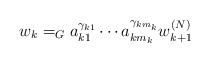
LaTeX: \begin{align*}w_{k}=_{G} a_{k1}^{\gamma_{k1}}\cdots a_{km_k}^{\gamma_{km_k}}w^{(N)}_{k+1}\end{align*}